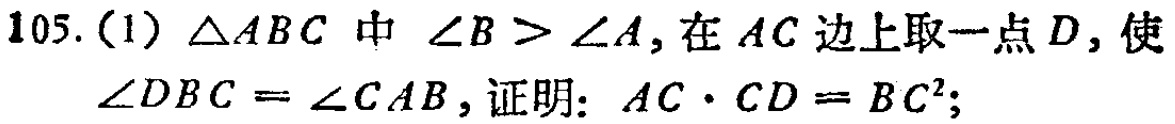
105. (1) $\triangle ABC$中 $\angle B > \angle A$, 在$AC$边上取一点$D$, 使

$\angle DBC = \angle CAB$, 证明：$AC\cdot CD = BC^{2}$;